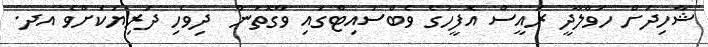
ޝާހިދަށް ހަވާލާދީ ރައީސް އޮފީހުގެ ވެބްސައިޓްގައި ވާގޮތުން  ދިވެހި ދަރިޔަކަށްވެ އދ.